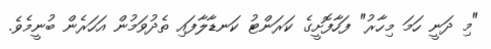
"މި ދަނީ ހަމަ މިހާރު" ފަހާފޮށީގެ ކަރަންޓު ކަނޑާލާފައި ތެދުވަމުން އަހަރެން ބުނީމެވެ.